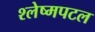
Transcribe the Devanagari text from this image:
श्लेष्मपटल